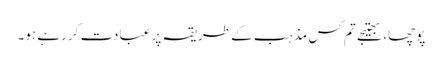
پوچھا، بھتیجے تم کس مذہب کے طریقہ پر عبادت کر رہے ہو۔